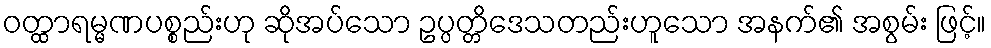
ဝတ္ထာရမ္မဏပစ္စည်းဟု ဆိုအပ်သော ဥပ္ပတ္တိဒေသတည်းဟူသော အနက်၏ အစွမ်း ဖြင့်။